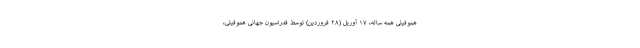
هموفیلی همه ساله، ۱۷ آوریل (۲۸ فروردین) توسط فدراسیون جهانی هموفیلی،